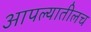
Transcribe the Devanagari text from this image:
आपल्यातीलच